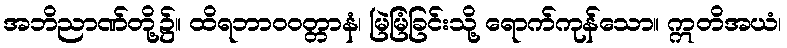
အဘိညာဏ်တို့၌။ ထိရဘာဝဝတ္တာနံ၊ မြဲမြံခြင်းသို့ ရောက်ကုန်သော။ ဣတိအယံ၊